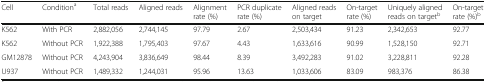
<table><thead><tr><td><b>Cell</b></td><td><b>Condition<sup>a</sup></b></td><td><b>Total reads</b></td><td><b>Aligned reads</b></td><td><b>Alignment rate (%)</b></td><td><b>PCR duplicate rate (%)</b></td><td><b>Aligned reads on target</b></td><td><b>On-target rate (%)</b></td><td><b>Uniquely aligned reads on target<sup>b</sup></b></td><td><b>On-target rate (%)<sup>b</sup></b></td></tr></thead><tbody><tr><td>K562</td><td>With PCR</td><td>2,882,056</td><td>2,744,145</td><td>97.79</td><td>2.67</td><td>2,503,434</td><td>91.23</td><td>2,342,653</td><td>92.77</td></tr><tr><td>K562</td><td>Without PCR</td><td>1,922,388</td><td>1,795,403</td><td>97.67</td><td>4.43</td><td>1,633,616</td><td>90.99</td><td>1,528,150</td><td>92.71</td></tr><tr><td>GM12878</td><td>Without PCR</td><td>4,243,904</td><td>3,836,649</td><td>98.44</td><td>8.39</td><td>3,492,283</td><td>91.02</td><td>3,228,811</td><td>92.28</td></tr><tr><td>U937</td><td>Without PCR</td><td>1,489,332</td><td>1,244,031</td><td>95.96</td><td>13.63</td><td>1,033,606</td><td>83.09</td><td>983,376</td><td>86.38</td></tr></tbody></table>